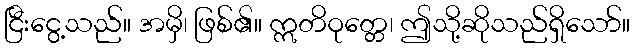
ငြီးငွေ့သည်။ အမှိ၊ ဖြစ်၏။ ဣတိဝုတ္တေ၊ ဤသို့ဆိုသည်ရှိသော်။